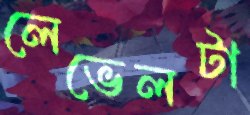
লেভেলটা